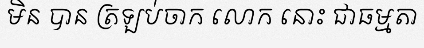
មិន បាន ត្រឡប់ចាក លោក នោះ ជាធម្មតា